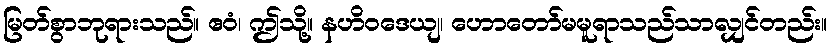
မြတ်စွာဘုရားသည်။ ဧဝံ၊ ဤသို့။ နဟိဝဒေယျ၊ ဟောတော်မမူရာသည်သာလျှင်တည်း။